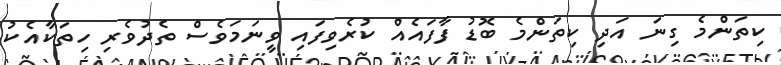
ކިތަންމެ ގިނަ އަދި ކިތަންމެ ބޮޑު ފާފައެއް ކުރެވިފައި ވީނަމަވެސް ތެދުވެރި ހިތަކާއެކު